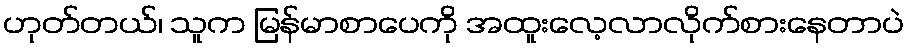
ဟုတ်တယ်၊ သူက မြန်မာစာပေကို အထူးလေ့လာလိုက်စားနေတာပဲ